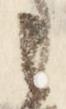
之